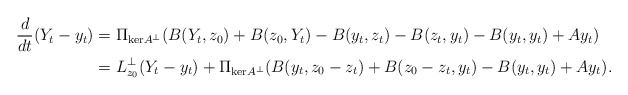
\begin{align*}\frac{d}{dt}(Y_t - y_t) &= \Pi_{\mathrm{ker}A^\perp}(B(Y_t,z_0) + B(z_0,Y_t) - B(y_t,z_t) - B(z_t,y_t) - B(y_t,y_t) + Ay_t) \\ & = L_{z_0}^{\perp}(Y_t-y_t) + \Pi_{\mathrm{ker}A^\perp}(B(y_t,z_0-z_t) + B(z_0-z_t,y_t) - B(y_t,y_t) + Ay_t).\end{align*}